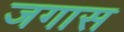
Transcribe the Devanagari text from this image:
जगास